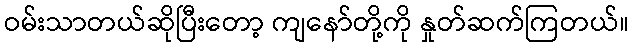
ဝမ်းသာတယ်ဆိုပြီးတော့ ကျနော်တို့ကို နှုတ်ဆက်ကြတယ်။